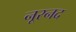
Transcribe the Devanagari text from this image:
नूरनद